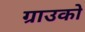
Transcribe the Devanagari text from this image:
ग्राउको